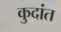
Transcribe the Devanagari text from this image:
कुदांत